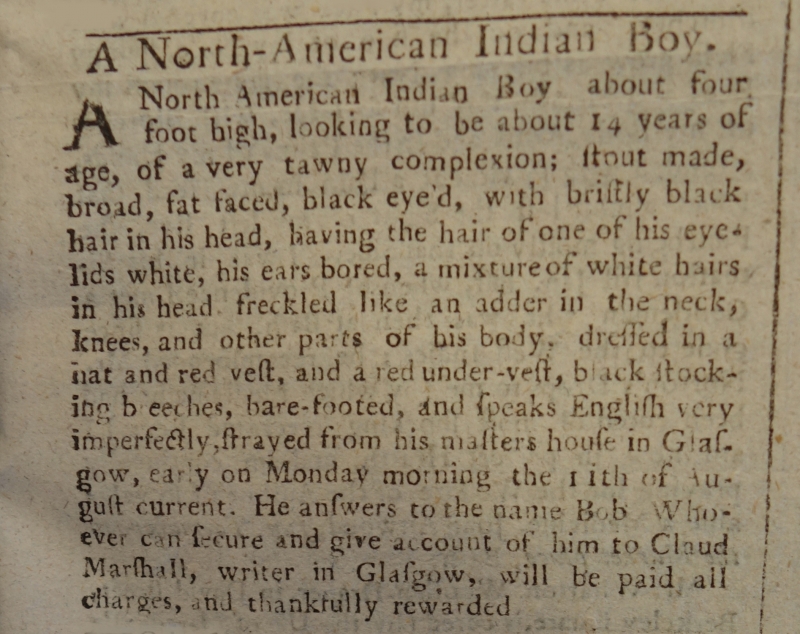
Edinburgh Evening Courant, 13 August 1766 (Scotland)
A North-American Indian Boy.A North American Indian Boy, about four foot high, looking to be about 14 years of age, of a very tawny complexion; stout made, broad, fat faced, black eye’d, with bristly black hair in his head, having the hair of one of his eye-lids white, his ears bored, a mixture of white hairs in his head, freckled like an adder in the neck, knees, and other parts of his body, dressed in a hat and red vest, and a red under-vest, black stocking breeches, bare-footed, and speaks English very imperfectly, strayed from his masters house in Glasgow, early on Monday morning the 11th of August current. He answers to the name Bob. Whoever can secure him and give account of him to Claud Marshall, writer in Glasgow, will be paid all charges, and thankfully rewarded.